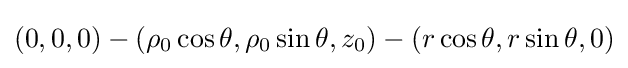
(0,0,0)-(\rho _{0}\cos \theta ,\rho _{0}\sin \theta ,z_{0})-(r\cos \theta ,r\sin \theta ,0)